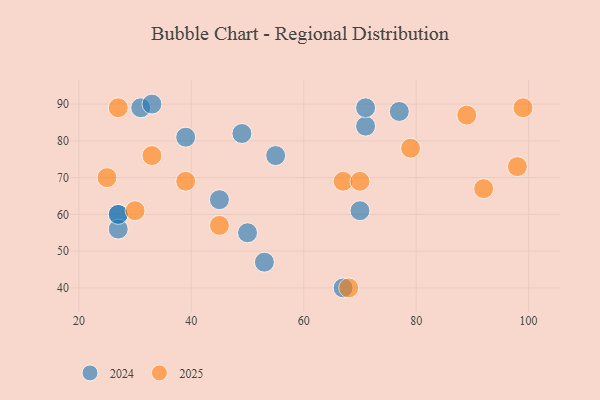
{"axis": {"x": "GDP", "y": "Life Expectancy"}, "legend": ["2024", "2025"], "data": [{"x": "39", "y": 69, "type": "2025"}, {"x": "98", "y": 73, "type": "2025"}, {"x": "33", "y": 76, "type": "2025"}, {"x": "45", "y": 57, "type": "2025"}, {"x": "30", "y": 61, "type": "2025"}, {"x": "67", "y": 69, "type": "2025"}, {"x": "68", "y": 40, "type": "2025"}, {"x": "70", "y": 69, "type": "2025"}, {"x": "25", "y": 70, "type": "2025"}, {"x": "89", "y": 87, "type": "2025"}, {"x": "92", "y": 67, "type": "2025"}, {"x": "99", "y": 89, "type": "2025"}, {"x": "27", "y": 89, "type": "2025"}, {"x": "79", "y": 78, "type": "2025"}, {"x": "71", "y": 84, "type": "2024"}, {"x": "39", "y": 81, "type": "2024"}, {"x": "53", "y": 47, "type": "2024"}, {"x": "67", "y": 40, "type": "2024"}, {"x": "27", "y": 60, "type": "2024"}, {"x": "55", "y": 76, "type": "2024"}, {"x": "45", "y": 64, "type": "2024"}, {"x": "27", "y": 56, "type": "2024"}, {"x": "50", "y": 55, "type": "2024"}, {"x": "49", "y": 82, "type": "2024"}, {"x": "77", "y": 88, "type": "2024"}, {"x": "31", "y": 89, "type": "2024"}, {"x": "33", "y": 90, "type": "2024"}, {"x": "27", "y": 60, "type": "2024"}, {"x": "70", "y": 61, "type": "2024"}, {"x": "71", "y": 89, "type": "2024"}]}